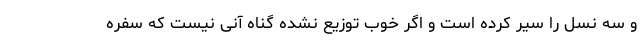
و سه نسل را سیر کرده است و اگر خوب توزیع نشده گناه آنی نیست که سفره